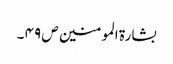
بشارۃ المومنین ص ۴۹ ۔